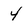
Character: 4